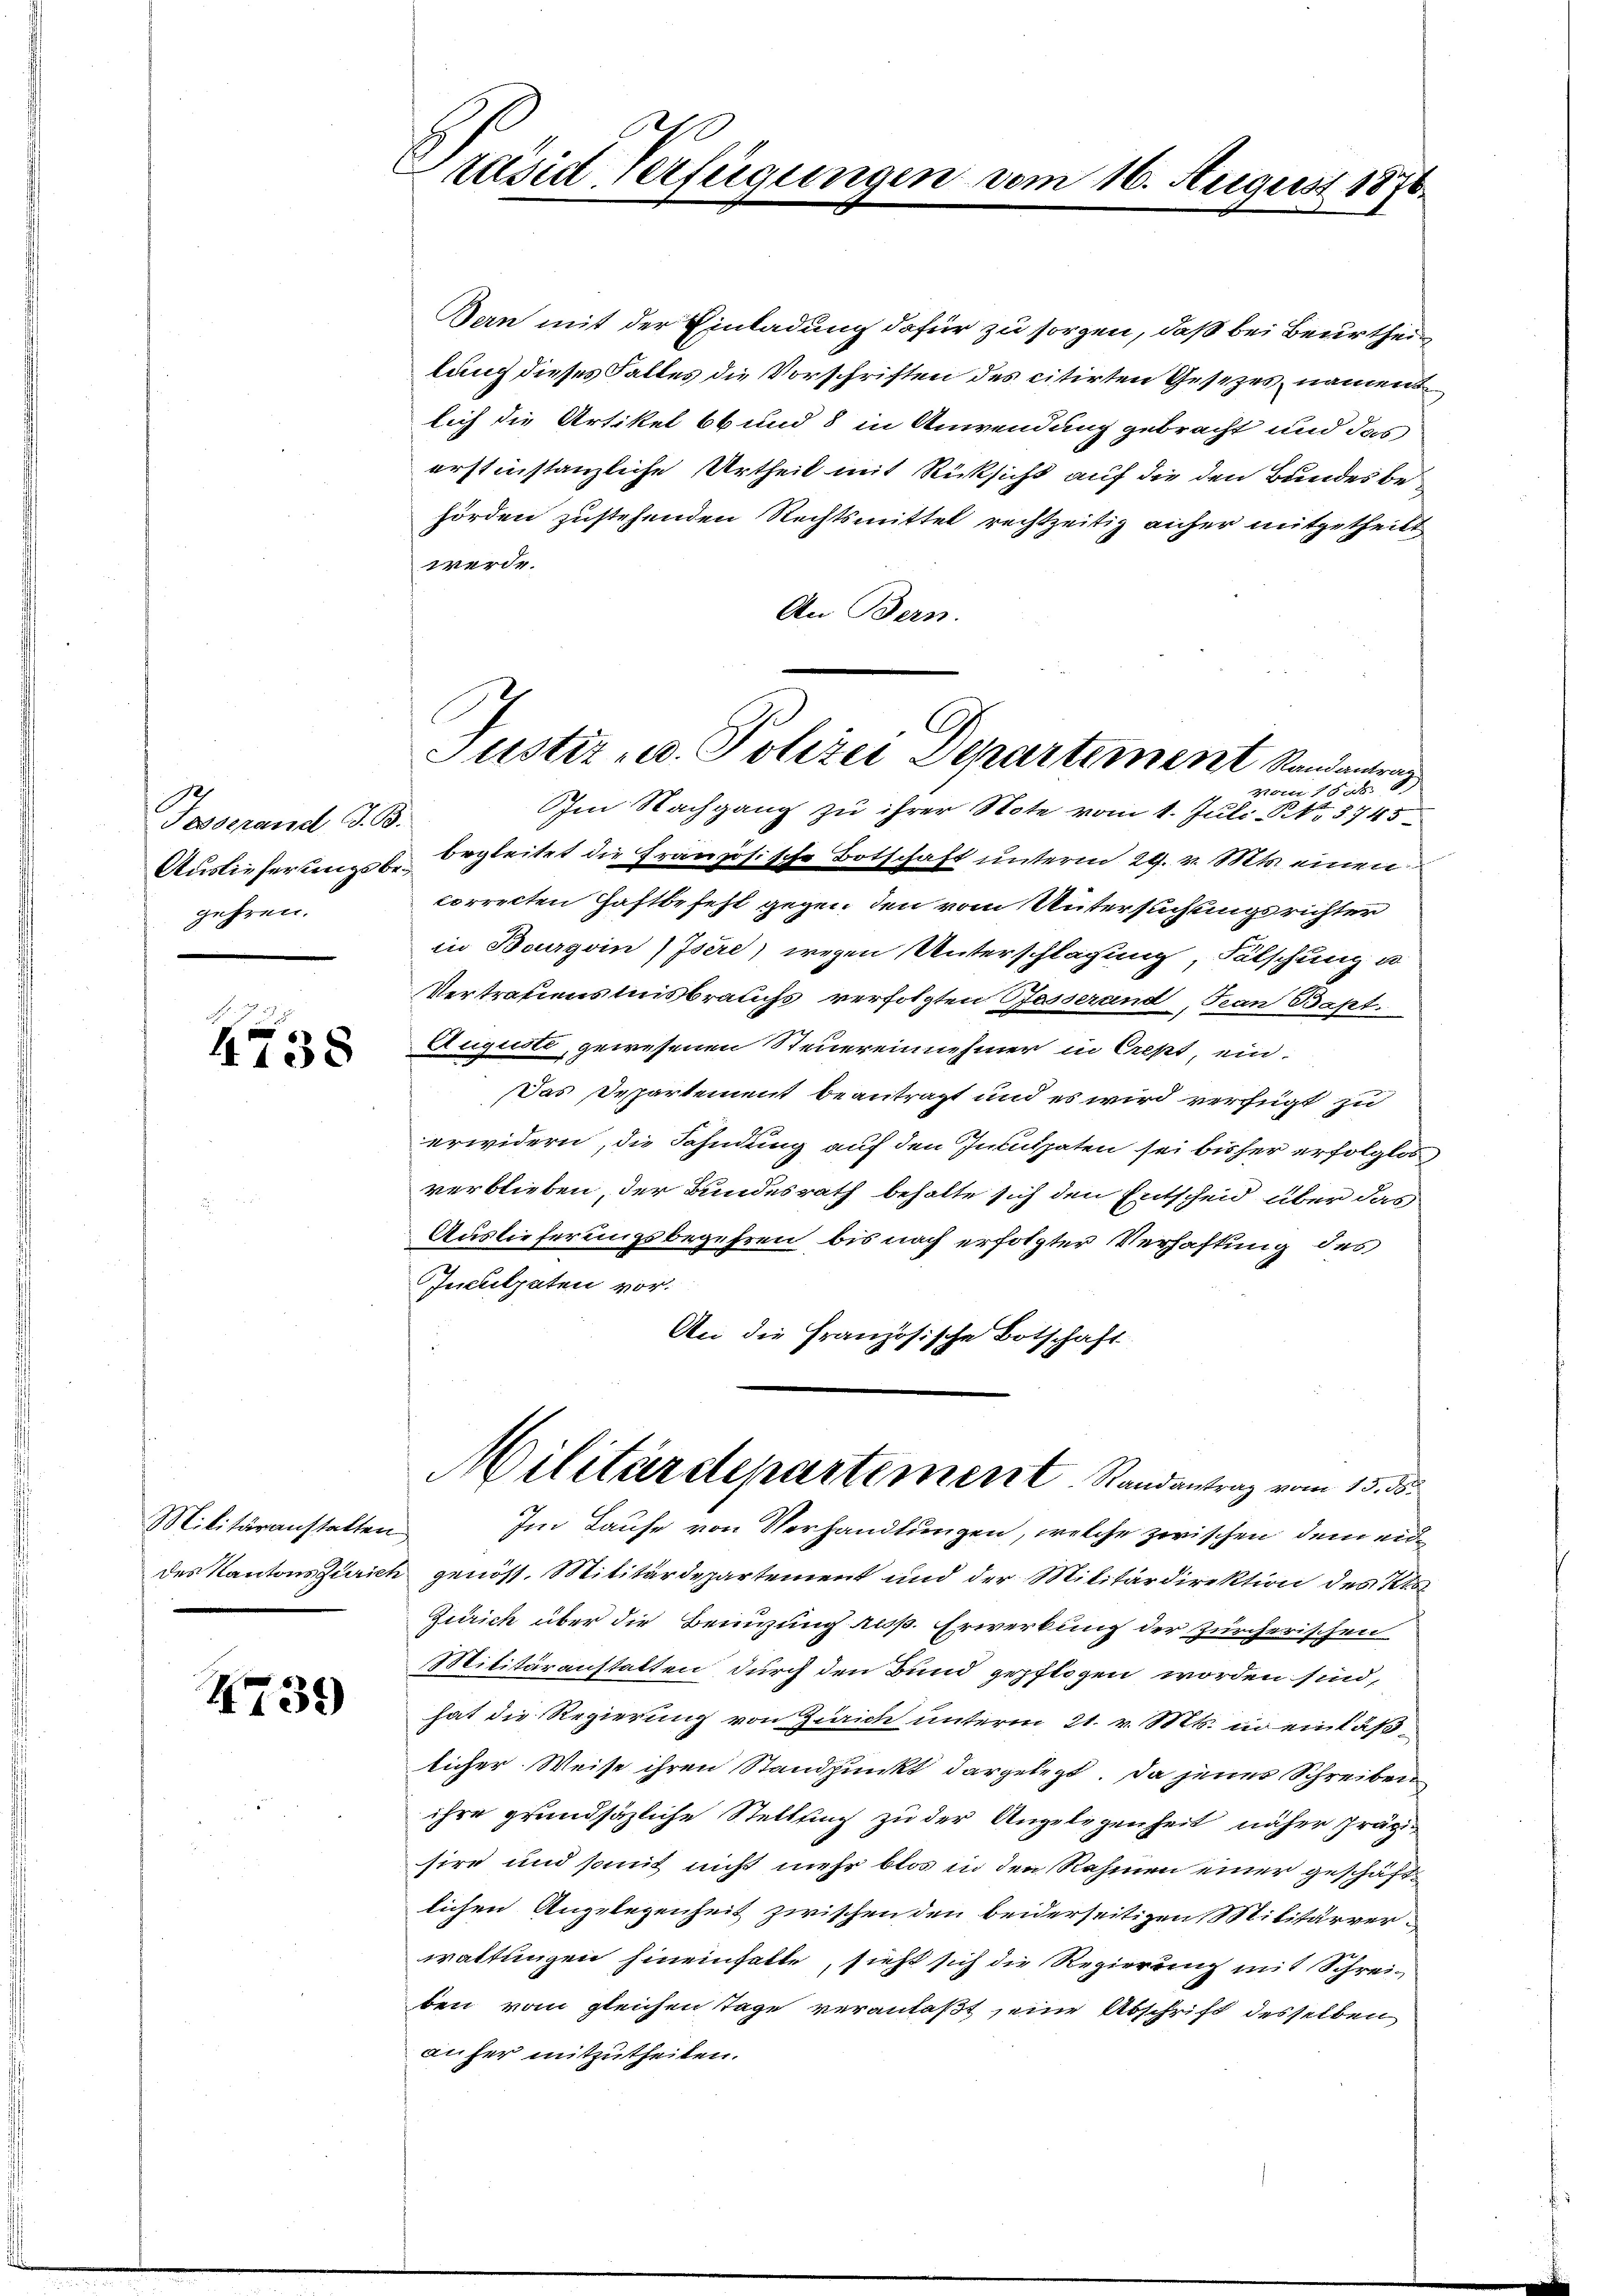
Tasserand G. B.
gehren.

4738

Militäranstatten
des Kantons Zurier

4739

Präsid Verfügungen

Bern mit der Einladung dafür zu sorgen, daß bei Beurtheil
lung dieses Falles die Vorschriften des citirten Gesetzes, nament
lich die Artikel bb und 8 in Anwendung gebracht und das
erstinstanzliche Urtheil mit Rücksicht auf die den Bundes behörden zustehenden Rechtsmittel rechtzeitig anher mitgetheilt
werde.
An Bern.
Im Nachgang zu ihrer Note vom 1. Juli No 3745
Ausliefertingst begleitet die Französische Botschaft unterm 29. v. Mts. einen
correcten Haftbefehl gegen den vom Untersuchungsrichter
in Bourgoin / Isere) wegen Unterschlagung, Fälschung u
Vertrauenstnisbrauchs verfolgten Passerand, Kan Bapt.
Augusti, gewesenen Steuereinnehmer in Crept, ein
Das Departement beantragt und es wird verfügt zu
erwidern, die Fahndung auf den Inculpaten sei bisher erfolglos
verblieben, der Bundesrath behalte sich den Entscheid über das
Auslieferungsbegehren bis nach erfolgter Verhaftung des
Inculpaten vor.
An die Französische Botschaft

16. August 1876.

Justiz- u. Polizei Departement Randantrag
vom 1808.

Im Laufe von Verhandlungen, welche zwischen dem eid¬
 genöss. Militärdepartement und der Militärdirektion des Kts
Zürich über die Beizung aus. Erwerkung der zürcherischen
Militäranstatten, durch den Bund gepflogen worden sind,
hat die Regierung von Zürich unterm 21. v. Mts. in einläßlicher Weise ihren Standpunkt dargelegt. Da jenes Schreiben
ihre grundsätzliche Stellung zu der Angelegenheit näher fräg-
sire und somit nicht mehr blos in den Rahmen einer geschäftlichen Angelegenheit zwischen den beiderseitigen Militärverwaltungen hineinhalte, sieht sich die Regierung mit Schreiben vom gleichen Tage veranlaßt seine Abschrift desselben
äufer mitzutheilen.

Militärdepartement Randantrag vom 15. ds.